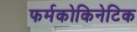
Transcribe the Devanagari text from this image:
फर्मकोकिनेटिक